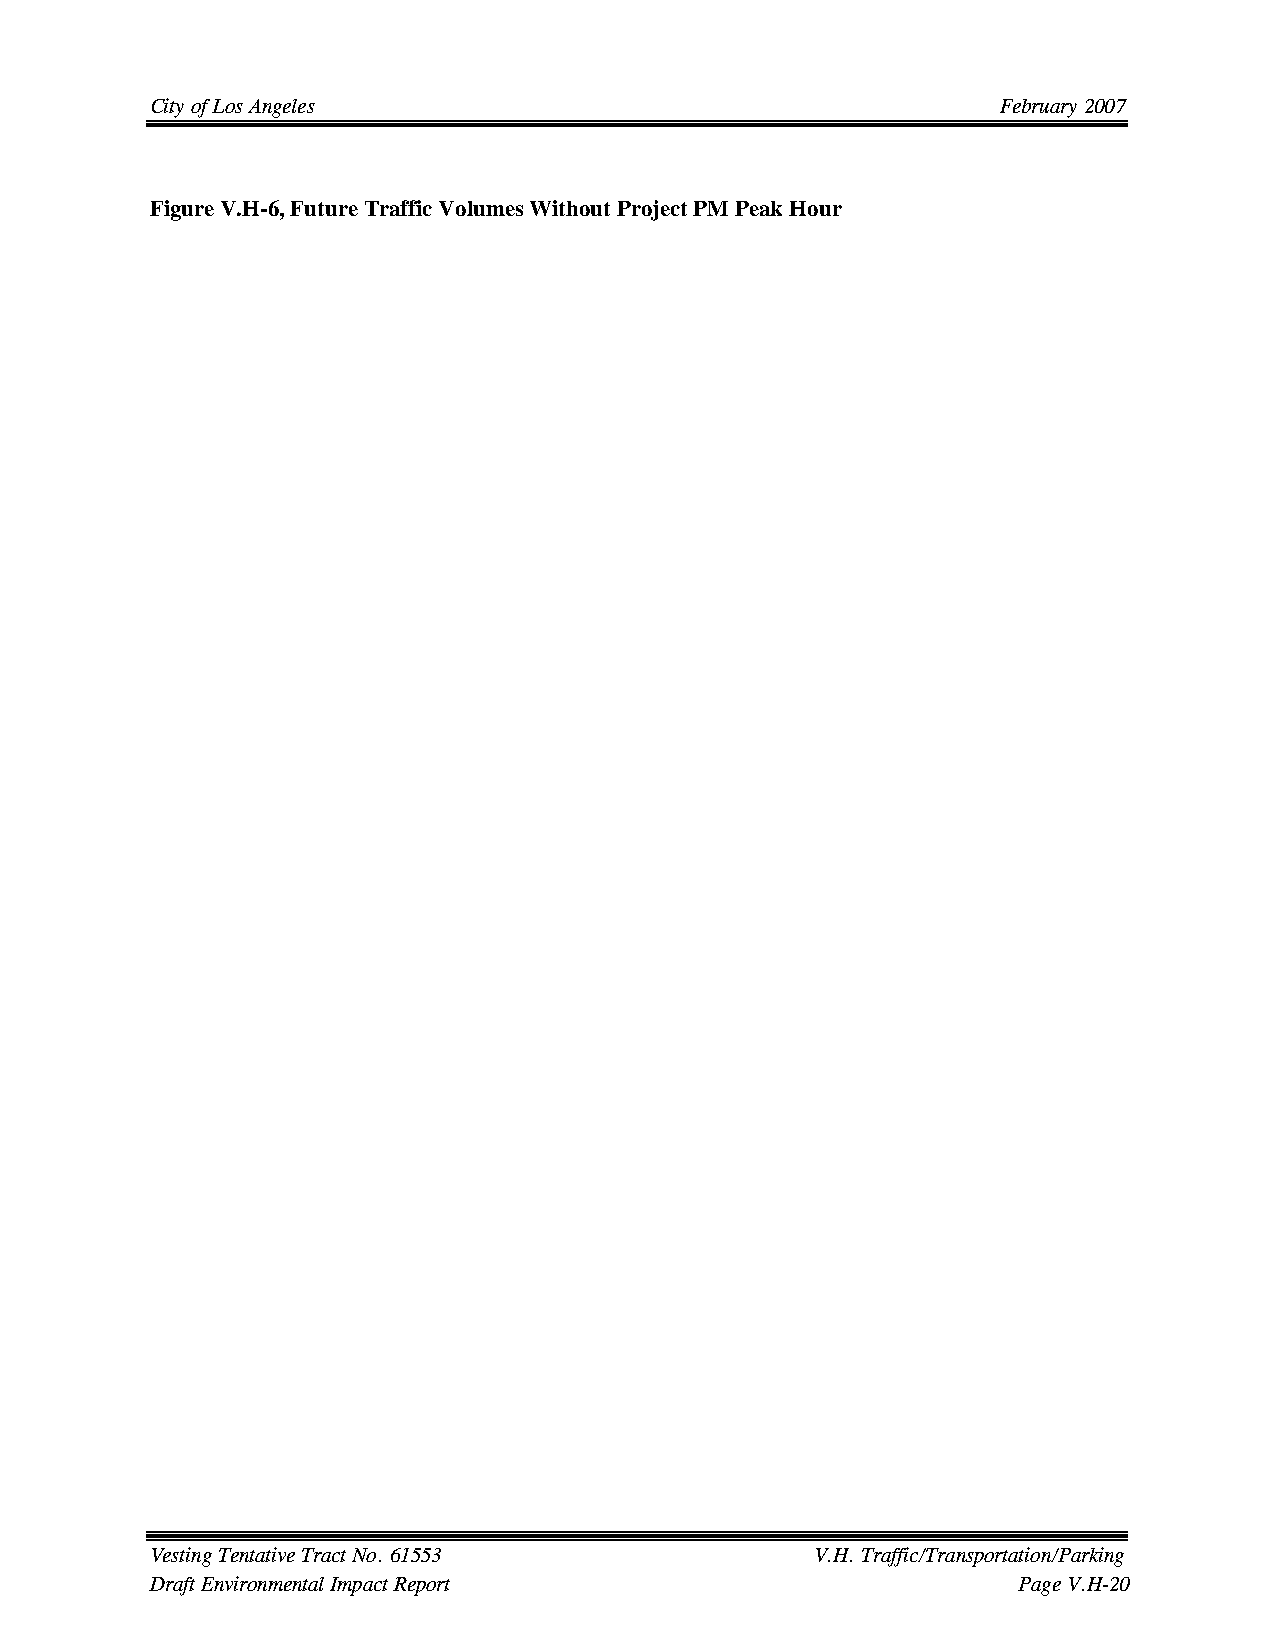
City of Los Angeles                                     February 2007
 Figure V.H-6, Future Traffic Volumes Without Project PM Peak Hour
 Vesting Tentative Tract No. 61553           V.H. Traffic/Transportation/Parking
 Draft Environmental Impact Report                        Page V.H-20